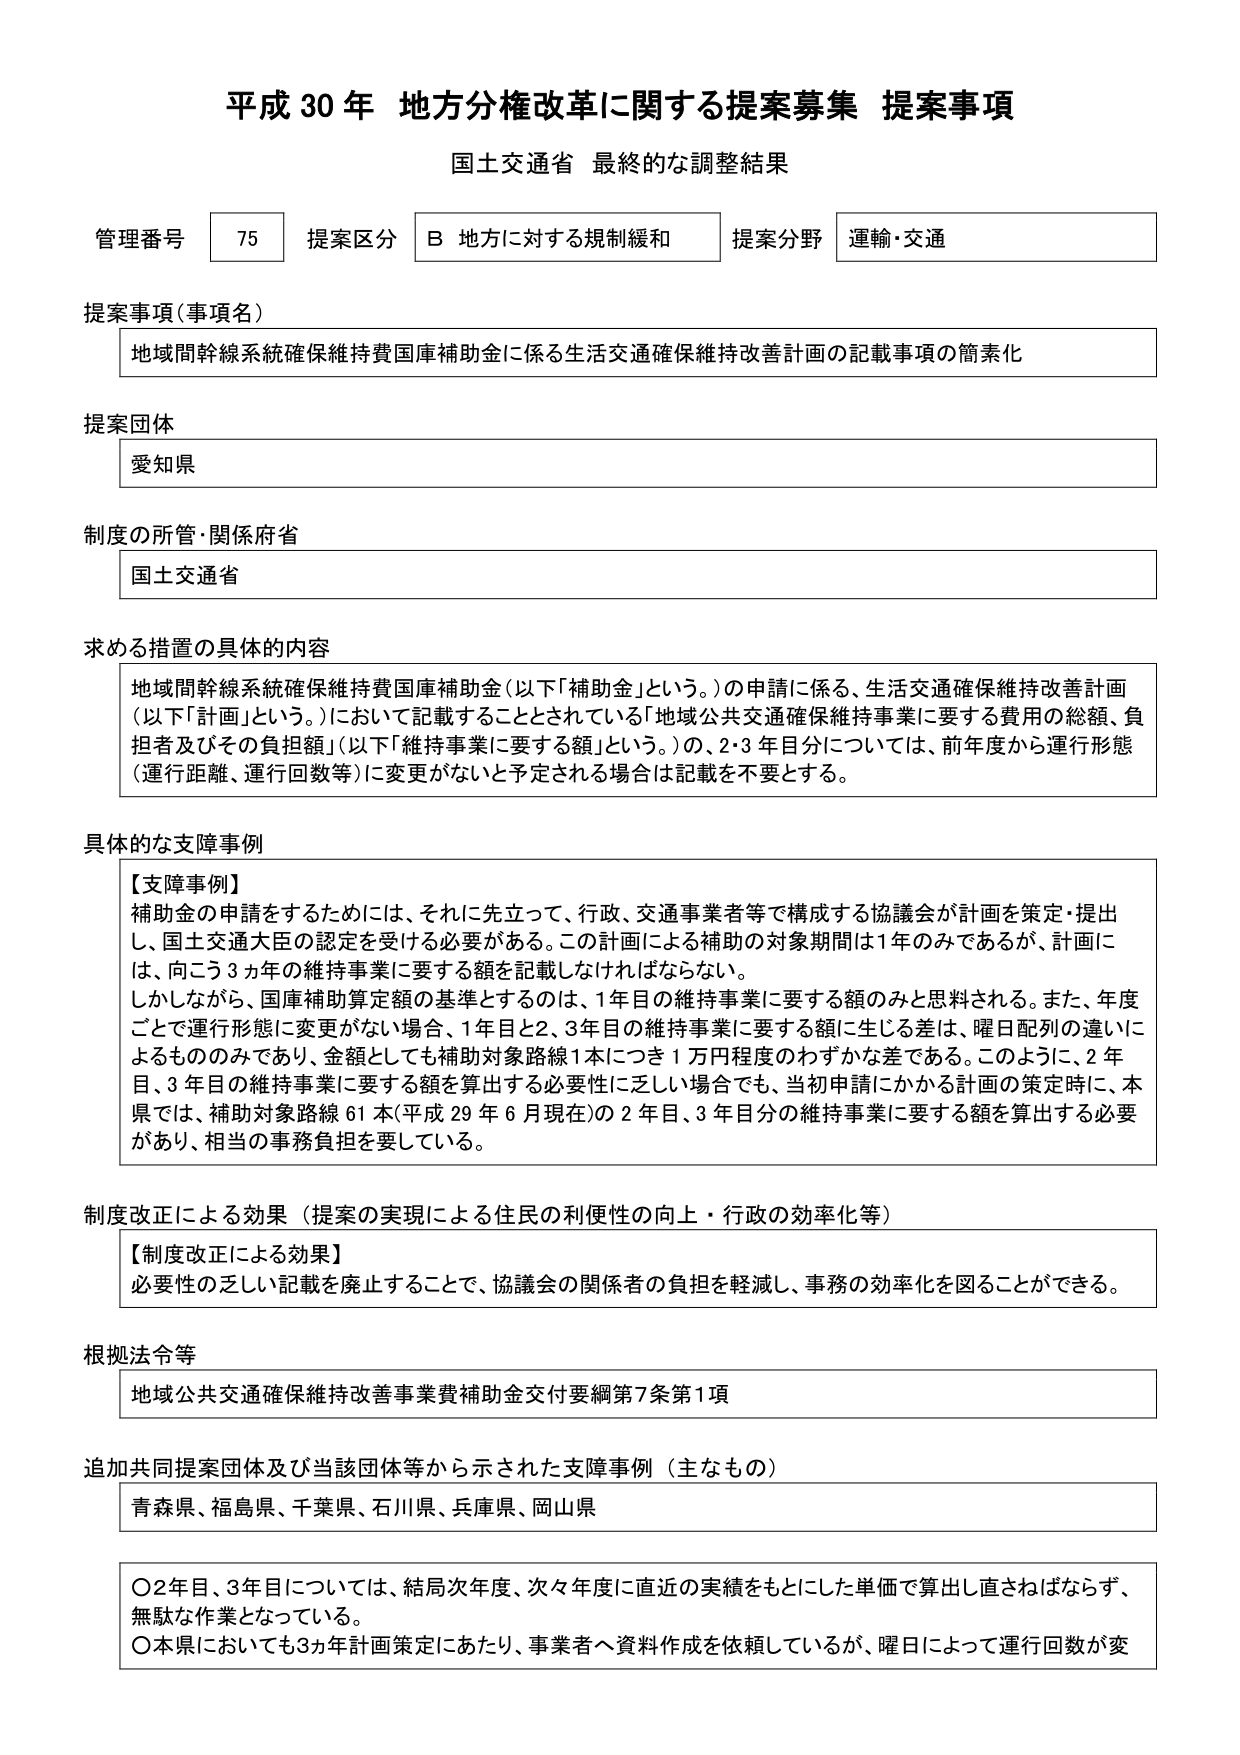
平成30年 地方分権改革に関する提案募集 提案事項
国土交通省 最終的な調整結果

管理番号 75 提案区分 B 地方に対する規制緩和 提案分野 運輸・交通

提案事項（事項名）
地域間幹線系統確保維持費国庫補助金に係る生活交通確保維持改善計画の記載事項の簡素化

提案団体
愛知県

制度の所管・関係府省
国土交通省

求める措置の具体的内容
地域間幹線系統確保維持費国庫補助金（以下「補助金」という。）の申請に係る、生活交通確保維持改善計画（以下「計画」という。）において記載することとされている「地域公共交通確保維持事業に要する費用の総額、負担者及びその負担額」（以下「維持事業に要する額」という。）の、2・3年目分については、前年度から運行形態（運行距離、運行回数等）に変更がないと予定される場合は記載を不要とする。

具体的な支障事例
【支障事例】
補助金の申請をするためには、それに先立って、行政、交通事業者等で構成する協議会が計画を策定・提出し、国土交通大臣の認定を受ける必要がある。この計画による補助の対象期間は1年のみであるが、計画には、向こう3か年の維持事業に要する額を記載しなければならない。
しかしながら、国庫補助算定額の基準とするのは、1年目の維持事業に要する額のみと思料される。また、年度ごとで運行形態に変更がない場合、1年目と2、3年目の維持事業に要する額に生じる差は、曜日配列の違いによるもののみであり、金額としても補助対象路線1本につき1万円程度のわずかな差である。このように、2年目、3年目の維持事業に要する額を算出する必要性に乏しい場合でも、当初申請にかかる計画の策定時に、本県では、補助対象路線61本（平成29年6月現在）の2年目、3年目分の維持事業に要する額を算出する必要があり、相当の事務負担を要している。

制度改正による効果（提案の実現による住民の利便性の向上・行政の効率化等）
【制度改正による効果】
必要性の乏しい記載を廃止することで、協議会の関係者の負担を軽減し、事務の効率化を図ることができる。

根拠法令等
地域公共交通確保維持改善事業費補助金交付要綱第7条第1項

追加共同提案団体及び当該団体等から示された支障事例（主なもの）
青森県、福島県、千葉県、石川県、兵庫県、岡山県

〇2年目、3年目については、結局次年度、次々年度に直近の実績をもとにした単価で算出し直さねばならず、無駄な作業となっている。
〇本県においても3か年計画策定にあたり、事業者へ資料作成を依頼しているが、曜日によって運行回数が変